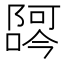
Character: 𫕖